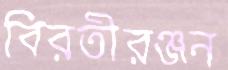
বিরতীরঞ্জন